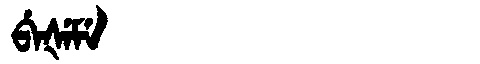
Manchu: ᠪᡝᡧᡝᠮᡝ
Romanization: BEŠEME